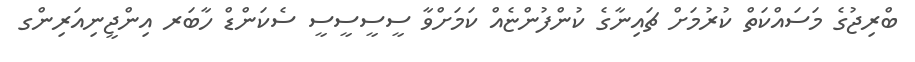
ބްރިޖުގެ މަސައްކަތް ކުރުމަށް ޗައިނާގެ ކުންފުންޏެއް ކަމަށްވާ ސީސީސީސީ ސެކަންޑް ހާބަރ އިންޖީނިއަރިންގ